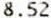
8.52